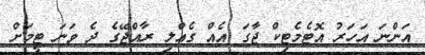
އަންނަ އަހަރު އޮޓެމެޓިކް ޖާގަ އެއް ގެއްލި ރާއްޖޭގެ ދެ ވަނަ ޓީމަށް